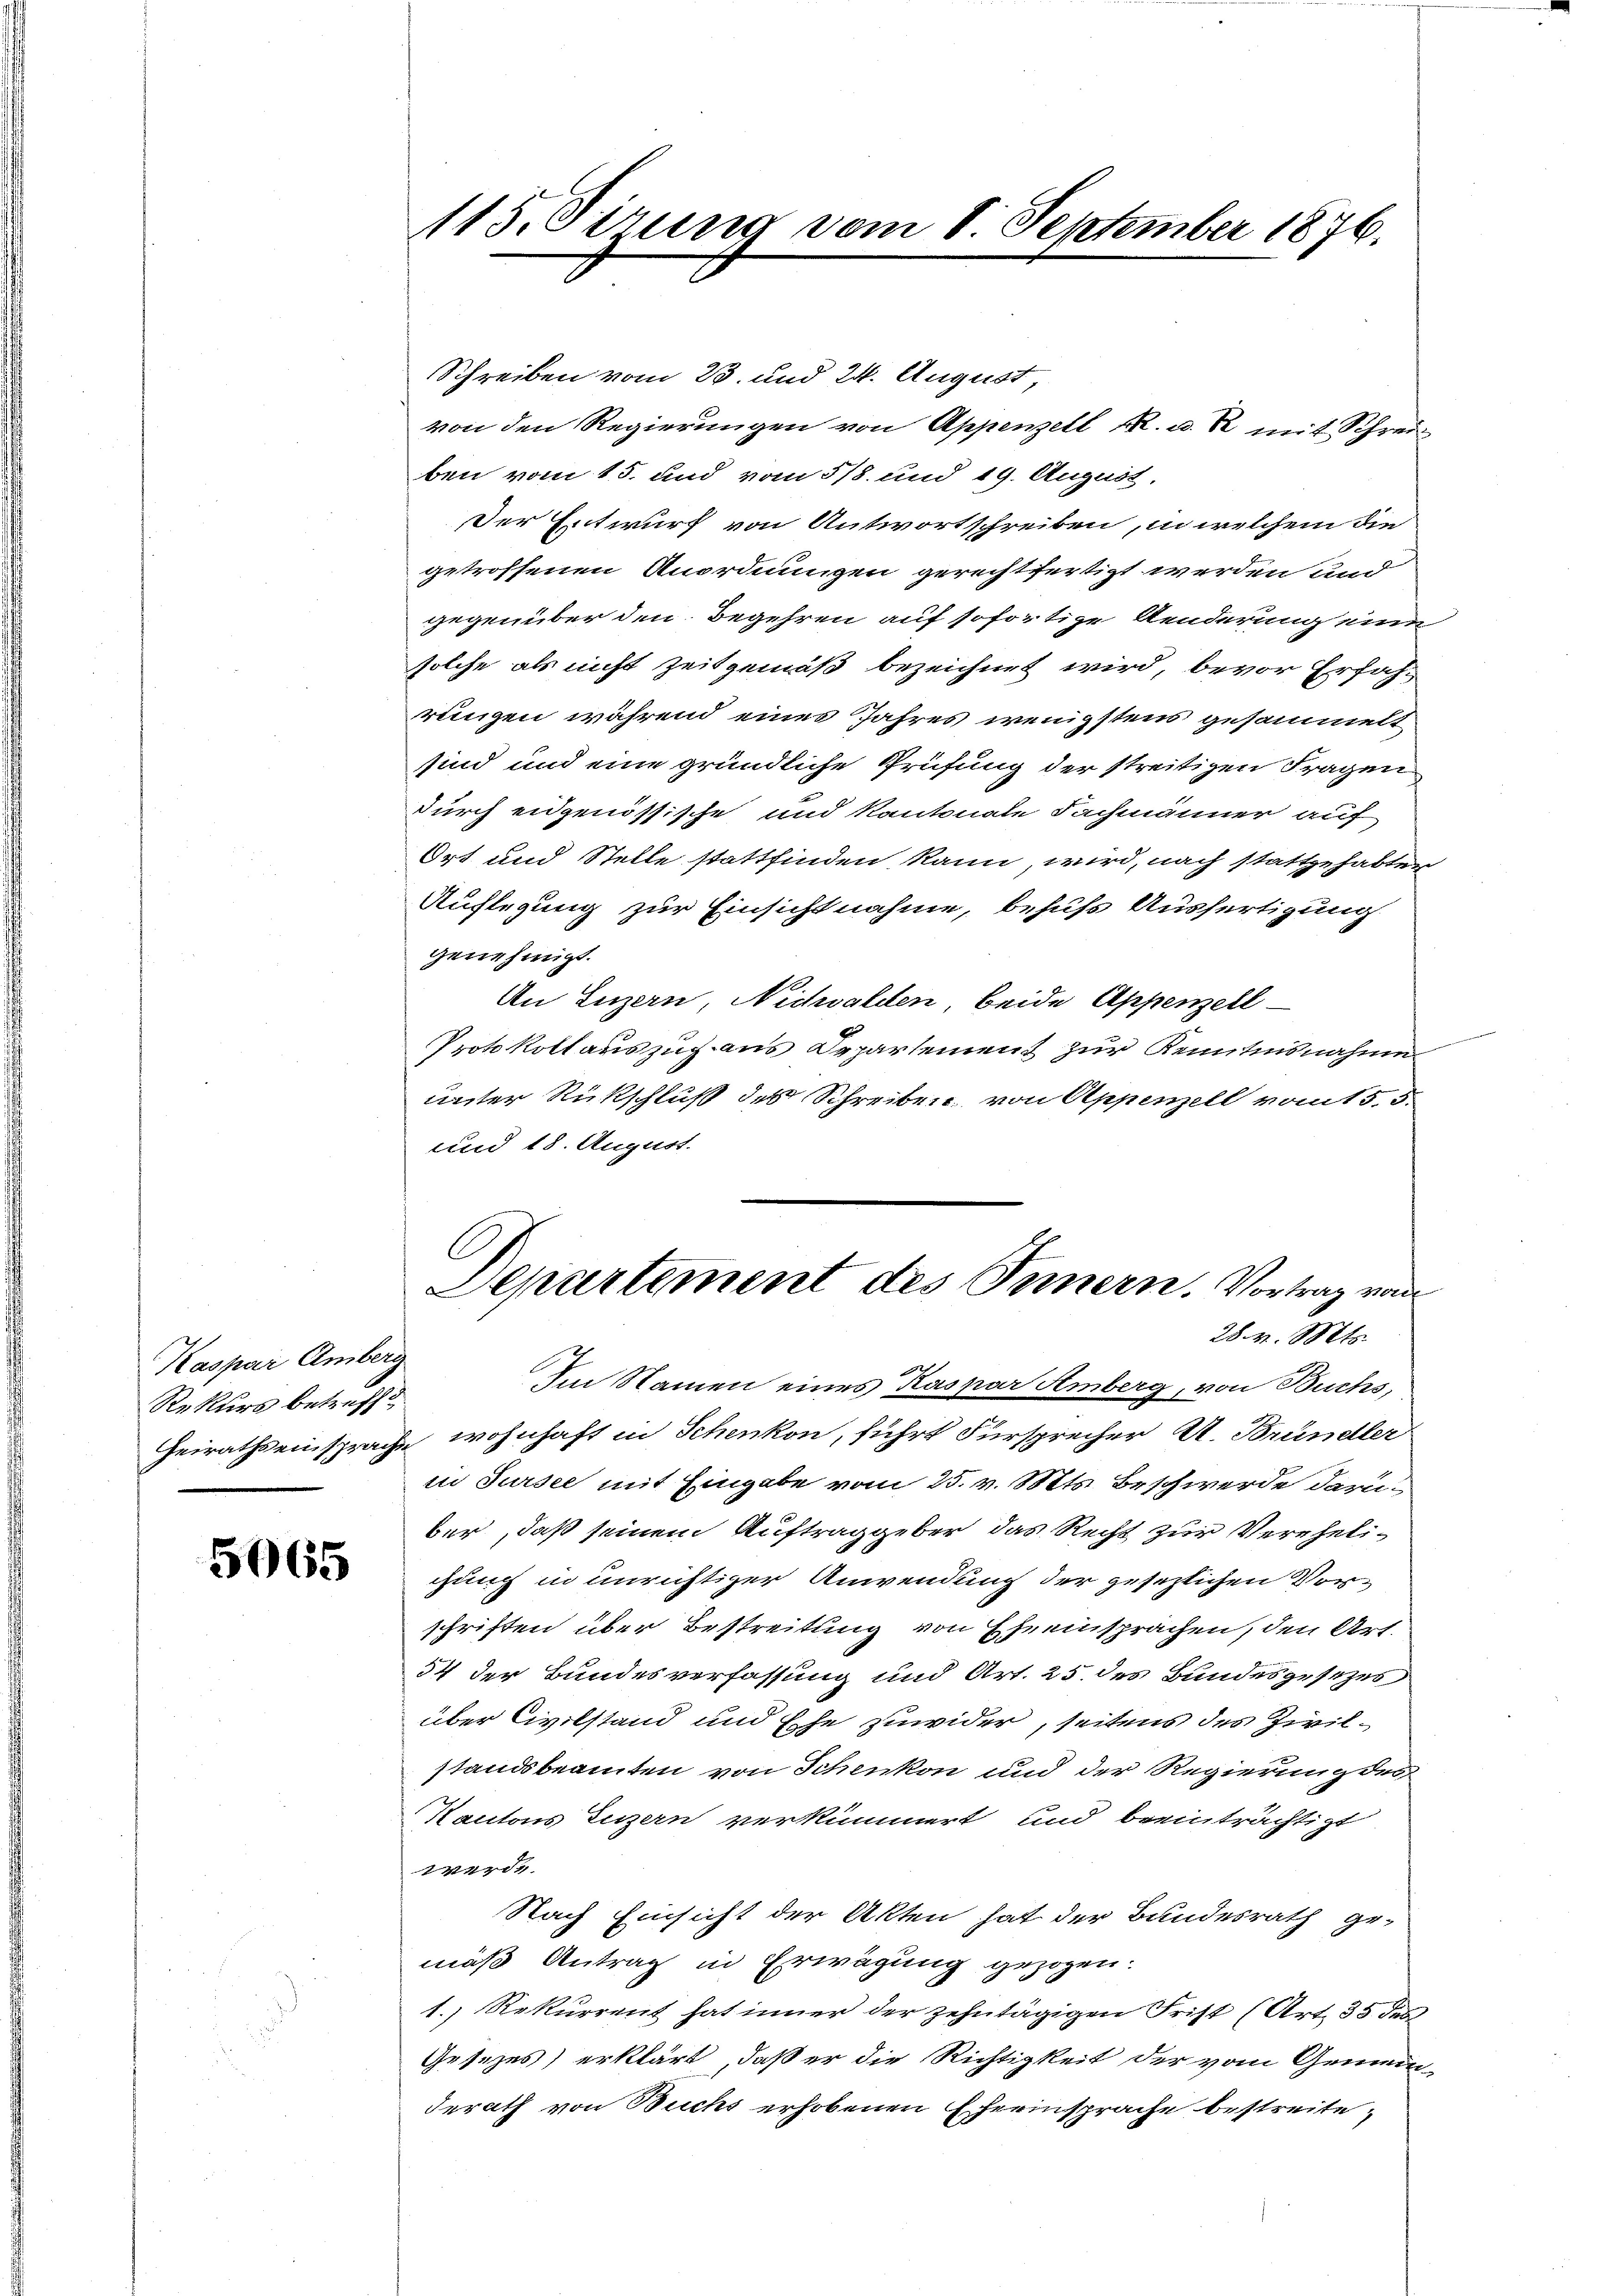
Kaspar Amberg
Rekurs betreffe

5065

115. Sirung vom 8. September 1876.

Schreiben vom 23. und 24. August,
von den Regierungen von Appenzell RR. u. R. mit Schrei
ben vom 15. und vom 5/8. und 19. August,
Der Entwurf von Antwortschreiben, in welchem die
getroffenen Anordnungen gerechtfertigt werden und
gegenüber den Begehren auf sofortige Aenderung einer
solche als nicht zeitgemäß bezeichnet wird, bevor Erfahrungen während eines Jahres wenigstens gesammelt
sind und eine gründliche Prüfung der streitigen Fragen
durch eidgenössische und Kantonale Fachmänner auf
Ort und Stelle stattfinden kann, wird, nach stattgehabter
Auflegung zur Einsichtnahme, behufs Ausfertigung
genehmigt.
An Luzern, Nichwalden, beide Appenzell
Protokollauszug aus Departement zur Kenntnisnahme
unter Rückschluß des Schreiben von Appenzell vom 15.5.
und 18. August.
C
Departement des Innern. Vortrag von
28. v. Mts.
Im Namen eines Kaspar Amberg, von Buchs,
Heirathseinsprache wohnhaft in Schenkon, führt Fürsprecher A. Bründler
in Sursee mit Eingabe vom 25. v. Mts. Beschwerde darüber, daß seinem Auftraggeber das Recht zur Verehelichung in unrichtiger Anwendung der gesezlichen Vorschriften über Bestreitung von Eheeinsprachen, den Art.
54 der Bundesverfassung und Art. 25. des Bundesgesezes
über Civilstand und Ehe zuwider, seitens des Zivilstandsbeamten von Schenkon und der Regierung des
Kantons Luzern verkümmert und beeinträchtigt
werde.
Nach Einsicht der Akten hat der Bundesrath ge-
mäß Antrag in Erwägung gezogen.
1. Rekurrent hat inner der zehntägigen Frist (Art. 35 de
Gesezes) erklärt, daß er die Richtigkeit der vom Gemein-
derath von Buchs erhobenen Eherinsprache bestreite,